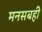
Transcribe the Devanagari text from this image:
मनसबही